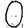
Digit: 0